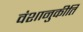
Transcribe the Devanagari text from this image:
वंशानुकीर्ति